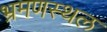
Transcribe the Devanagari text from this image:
भ्रमणस्‍थल